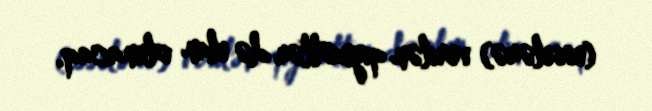
(esselərə) verilən qiymətlər də elan olunacaq.